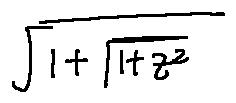
\sqrt { 1 + \sqrt { 1 + z ^ { 2 } } }